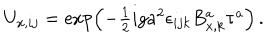
U _ { x , i j } = \exp \left( - \textstyle { { \frac { 1 } { 2 } } } i g a ^ { 2 } \epsilon _ { i j k } B _ { x , k } ^ { a } \tau ^ { a } \right) \, .